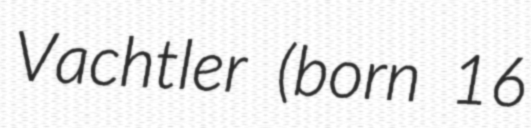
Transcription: Vachtler (born 16